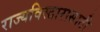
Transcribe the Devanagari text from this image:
राज्यविस्तारासाठी